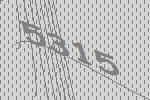
5315